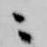
ニ